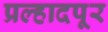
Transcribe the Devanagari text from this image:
प्रल्हादपूर